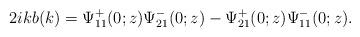
LaTeX: \begin{align*}2ikb(k)=\Psi^+_{11}(0 ;z) \Psi^-_{21}(0;z)-\Psi^+_{21}(0;z) \Psi^-_{11}(0;z).\end{align*}